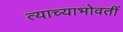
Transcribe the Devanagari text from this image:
त्याच्याभोवतीं